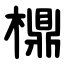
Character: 檙